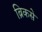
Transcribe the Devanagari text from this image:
ब्रिकसे